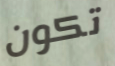
تكون